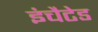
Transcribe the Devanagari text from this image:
इंचैटेड